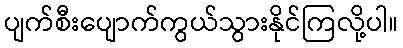
ပျက်စီးပျောက်ကွယ်သွားနိုင်ကြလို့ပါ။